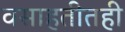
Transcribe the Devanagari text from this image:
वसाहतीतही